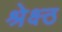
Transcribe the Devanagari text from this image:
श्रेक्ष्ठ